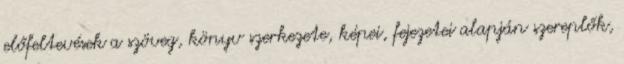
előfeltevések a szöveg, könyv szerkezete, képei, fejezetei alapján szereplők,